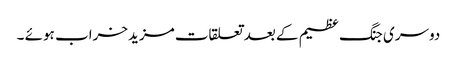
دوسری جنگ عظیم کے بعد تعلقات مزیدخراب ہوئے ۔